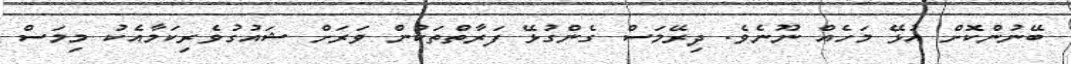
ބޭނުންކޮށް އުޅޭ މަހެއް ނޫނެވެ. ދިރޭމަސް ގެންގުޅޭ ފަރާތްތަކުން ވަރަށް ޝައުގުވެރިކަމާއެކު މިމަސް